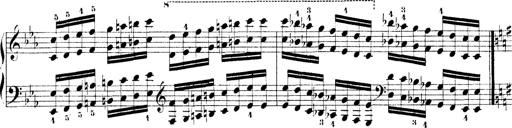
Title: Technische Studien
Composer: Franz Liszt